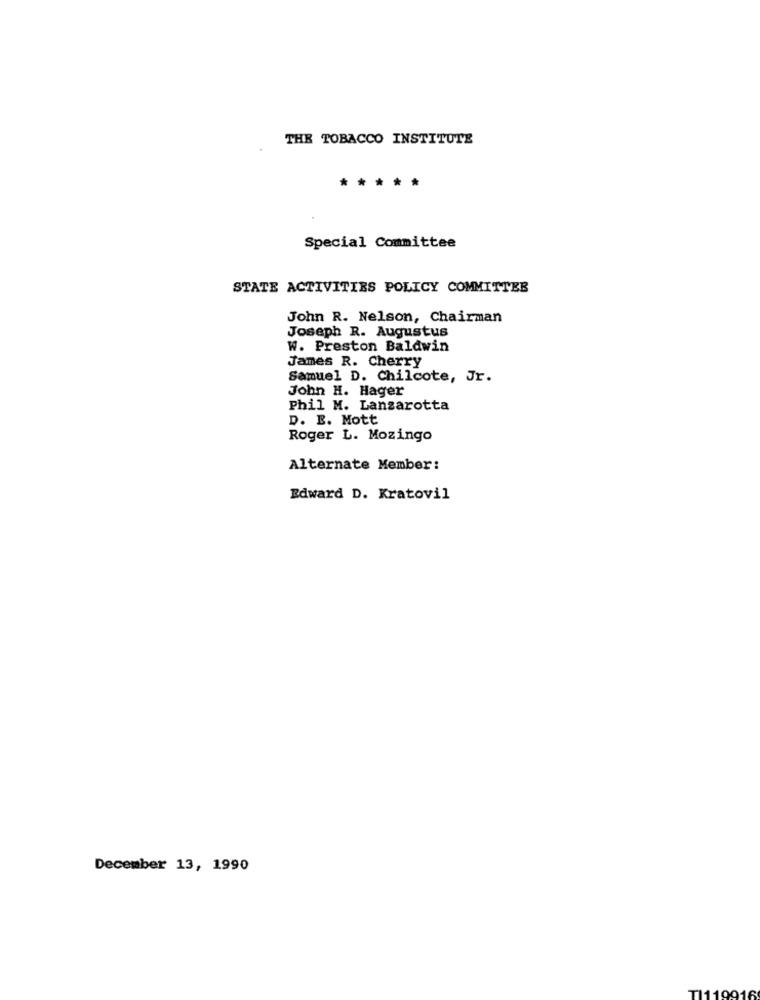
THE TOBACCO INSTITUTE
*****
Special Committee
STATE ACTIVITIES POLICY COMMITTEE
John R. Nelson, Chairman
Joseph R. Augustus
W. Preston Baldwin
James R. Cherry
Samuel D. Chilcote, Jr.
John H. Hager
Phil M. Lanzarotta
D. E. Mott
Roger L. Mozingo
Alternate Member:
Edward D. Kratovil
December 13, 1990
TI1